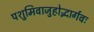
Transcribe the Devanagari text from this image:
पशुमिवाजुहोद्भार्गवः